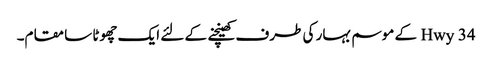
Hwy 34 کے موسم بہار کی طرف کھینچنے کے لئے ایک چھوٹا سا مقام۔